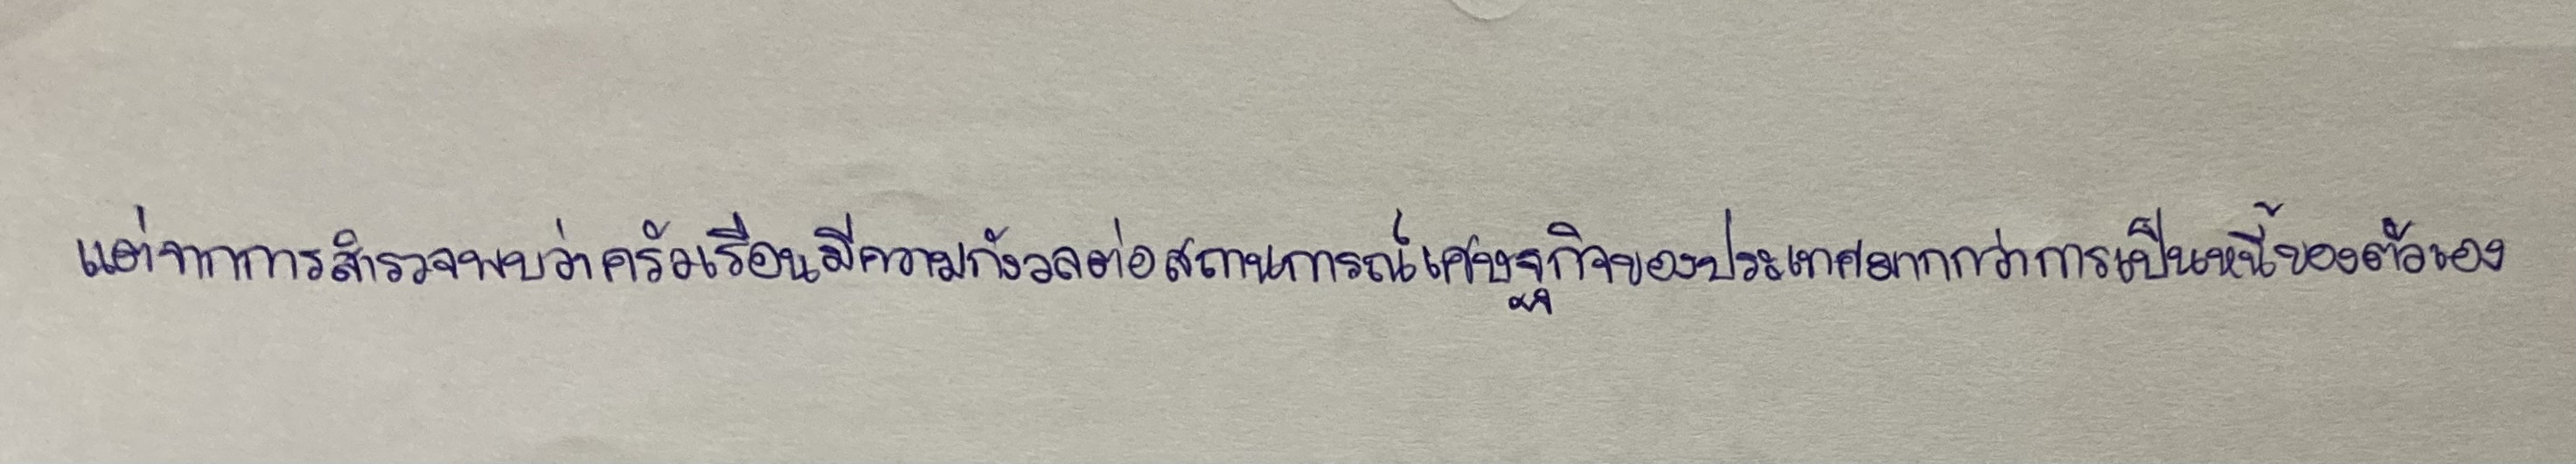
แต่จากการสำรวจพบว่าครัวเรือนมีความกังวลต่อสถานการณ์เศรษฐกิจของประเทศมากกว่าการเป็นหนี้ของตัวเอง